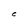
Character: C